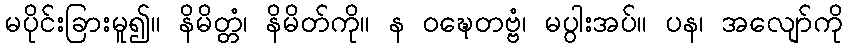
မပိုင်းခြားမူ၍။ နိမိတ္တံ၊ နိမိတ်ကို။ န ဝဍ္ဎေတဗ္ဗံ၊ မပွါးအပ်။ ပန၊ အလျော်ကို